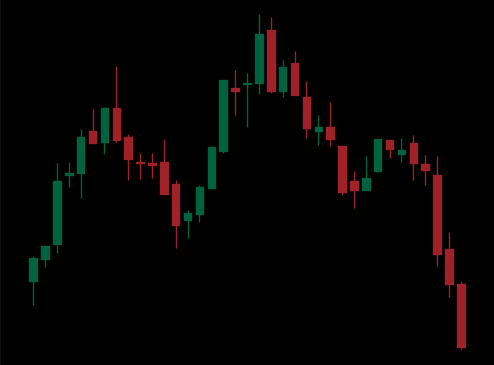
Pattern: head_shoulders